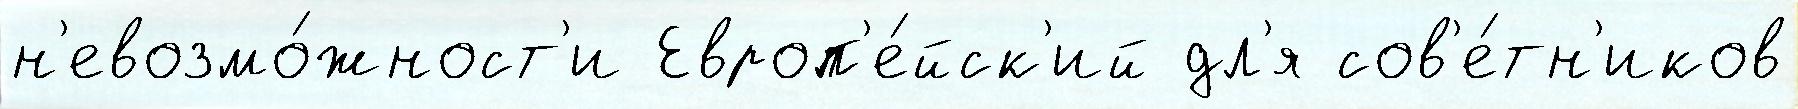
н'евозмо́жност'и Европ'е́йск'ий дл'я сов'е́тн'иков